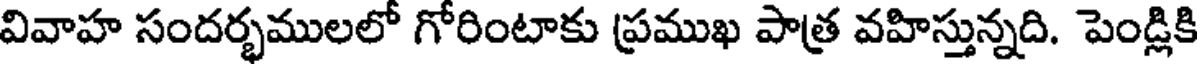
వివాహ సందర్భములలో గోరింటాకు ప్రముఖ పాత్ర వహిస్తున్నది. పెండ్లికి